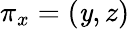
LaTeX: \pi_{x}=(\mathit{y},z)